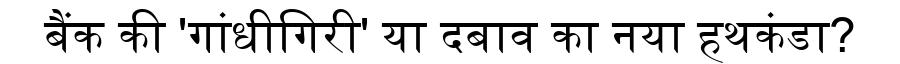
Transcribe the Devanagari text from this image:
बैंक की 'गांधीगिरी' या दबाव का नया हथकंडा?